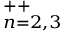
^ { + + } _ { n = 2 , 3 }